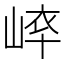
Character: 𡸝